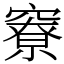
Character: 竂